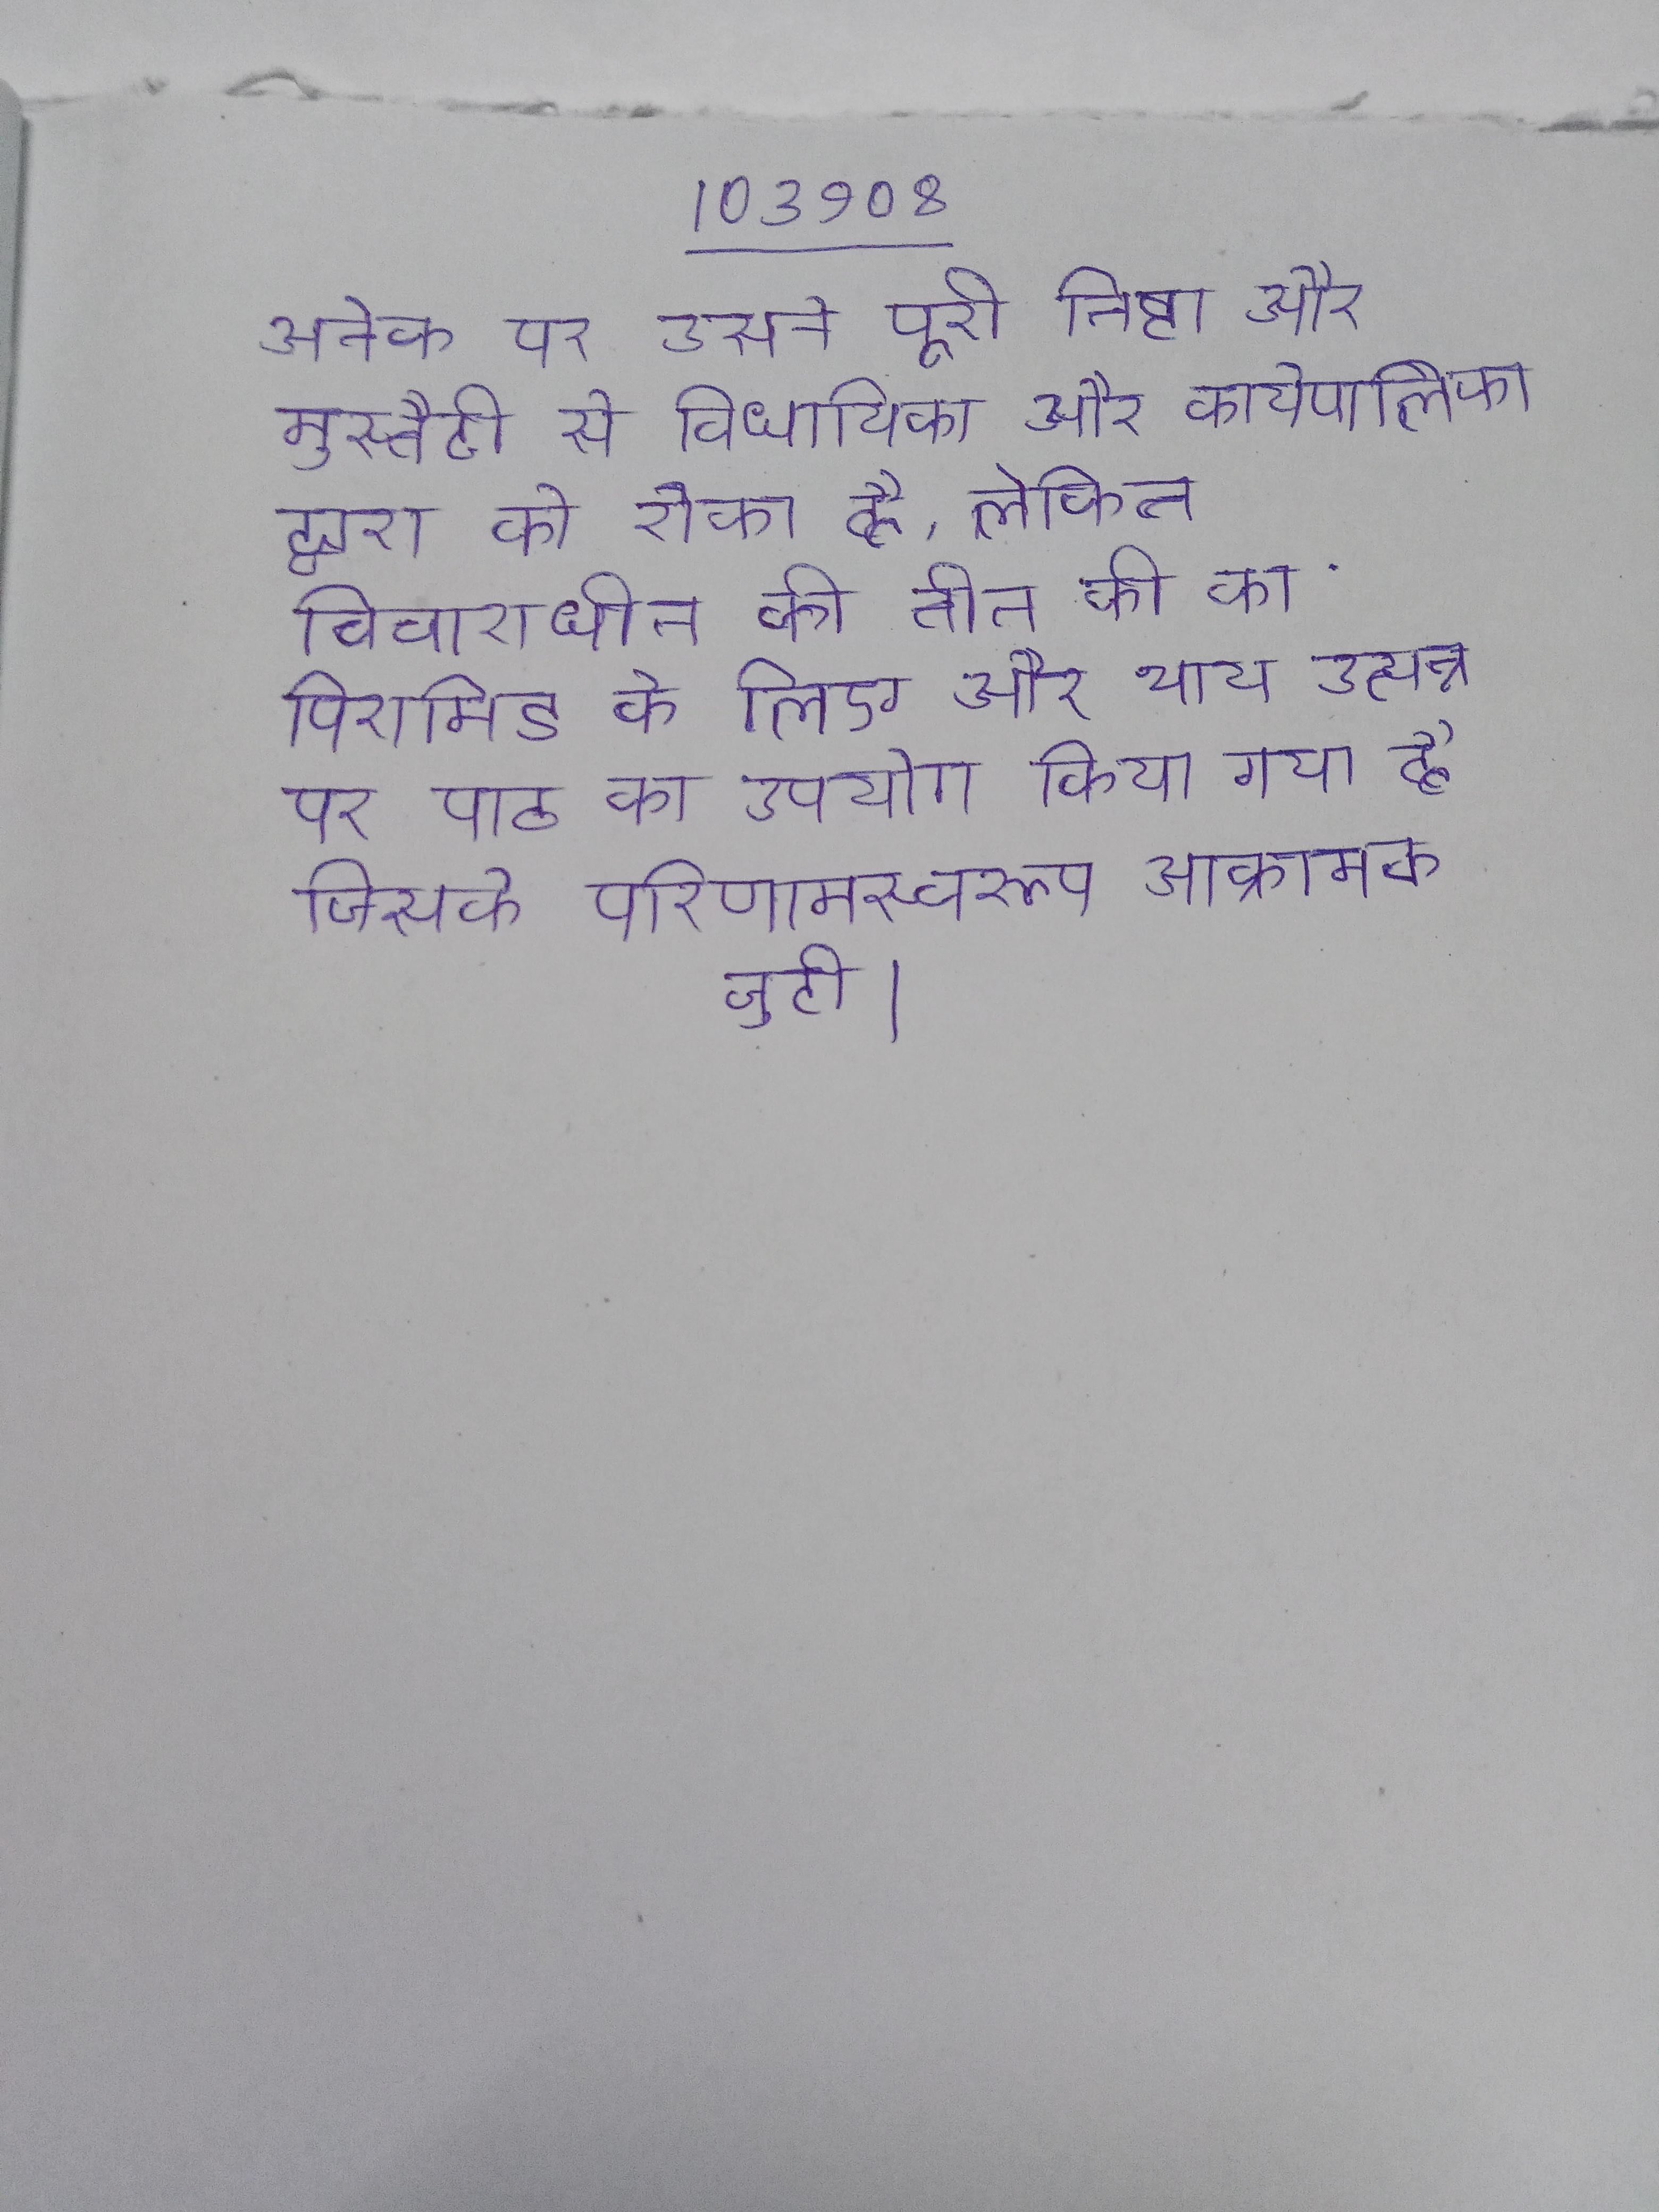
अनेक पर उसने पूरी निष्ठा और मुस्तैदी से विधायिका और कार्यपालिका द्वारा को रोका है, लेकिन विचाराधीन की तीन की का पिरामिड के लिए और भय उत्पन्न कर रहा है । अनेक पर पाठ का उपयोग किया गया है जिसके परिणामस्वरूप आक्रामक जुटी ।